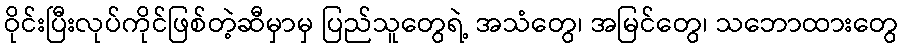
ဝိုင်းပြီးလုပ်ကိုင်ဖြစ်တဲ့ဆီမှာမှ ပြည်သူတွေရဲ့ အသံတွေ၊ အမြင်တွေ၊ သဘောထားတွေ